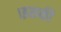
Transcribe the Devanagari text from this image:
।इसकी